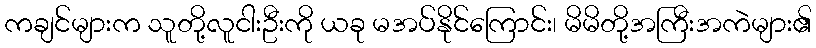
ကချင်များက သူတို့လူငါးဦးကို ယခု မအပ်နိုင်ကြောင်း၊ မိမိတို့အကြီးအကဲများ၏